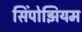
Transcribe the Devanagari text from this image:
सिंपोझियम